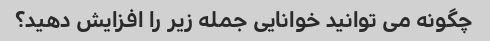
چگونه می توانید خوانایی جمله زیر را افزایش دهید؟